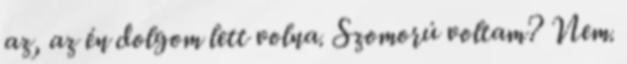
az, az én dolgom lett volna. Szomorú voltam? Nem.